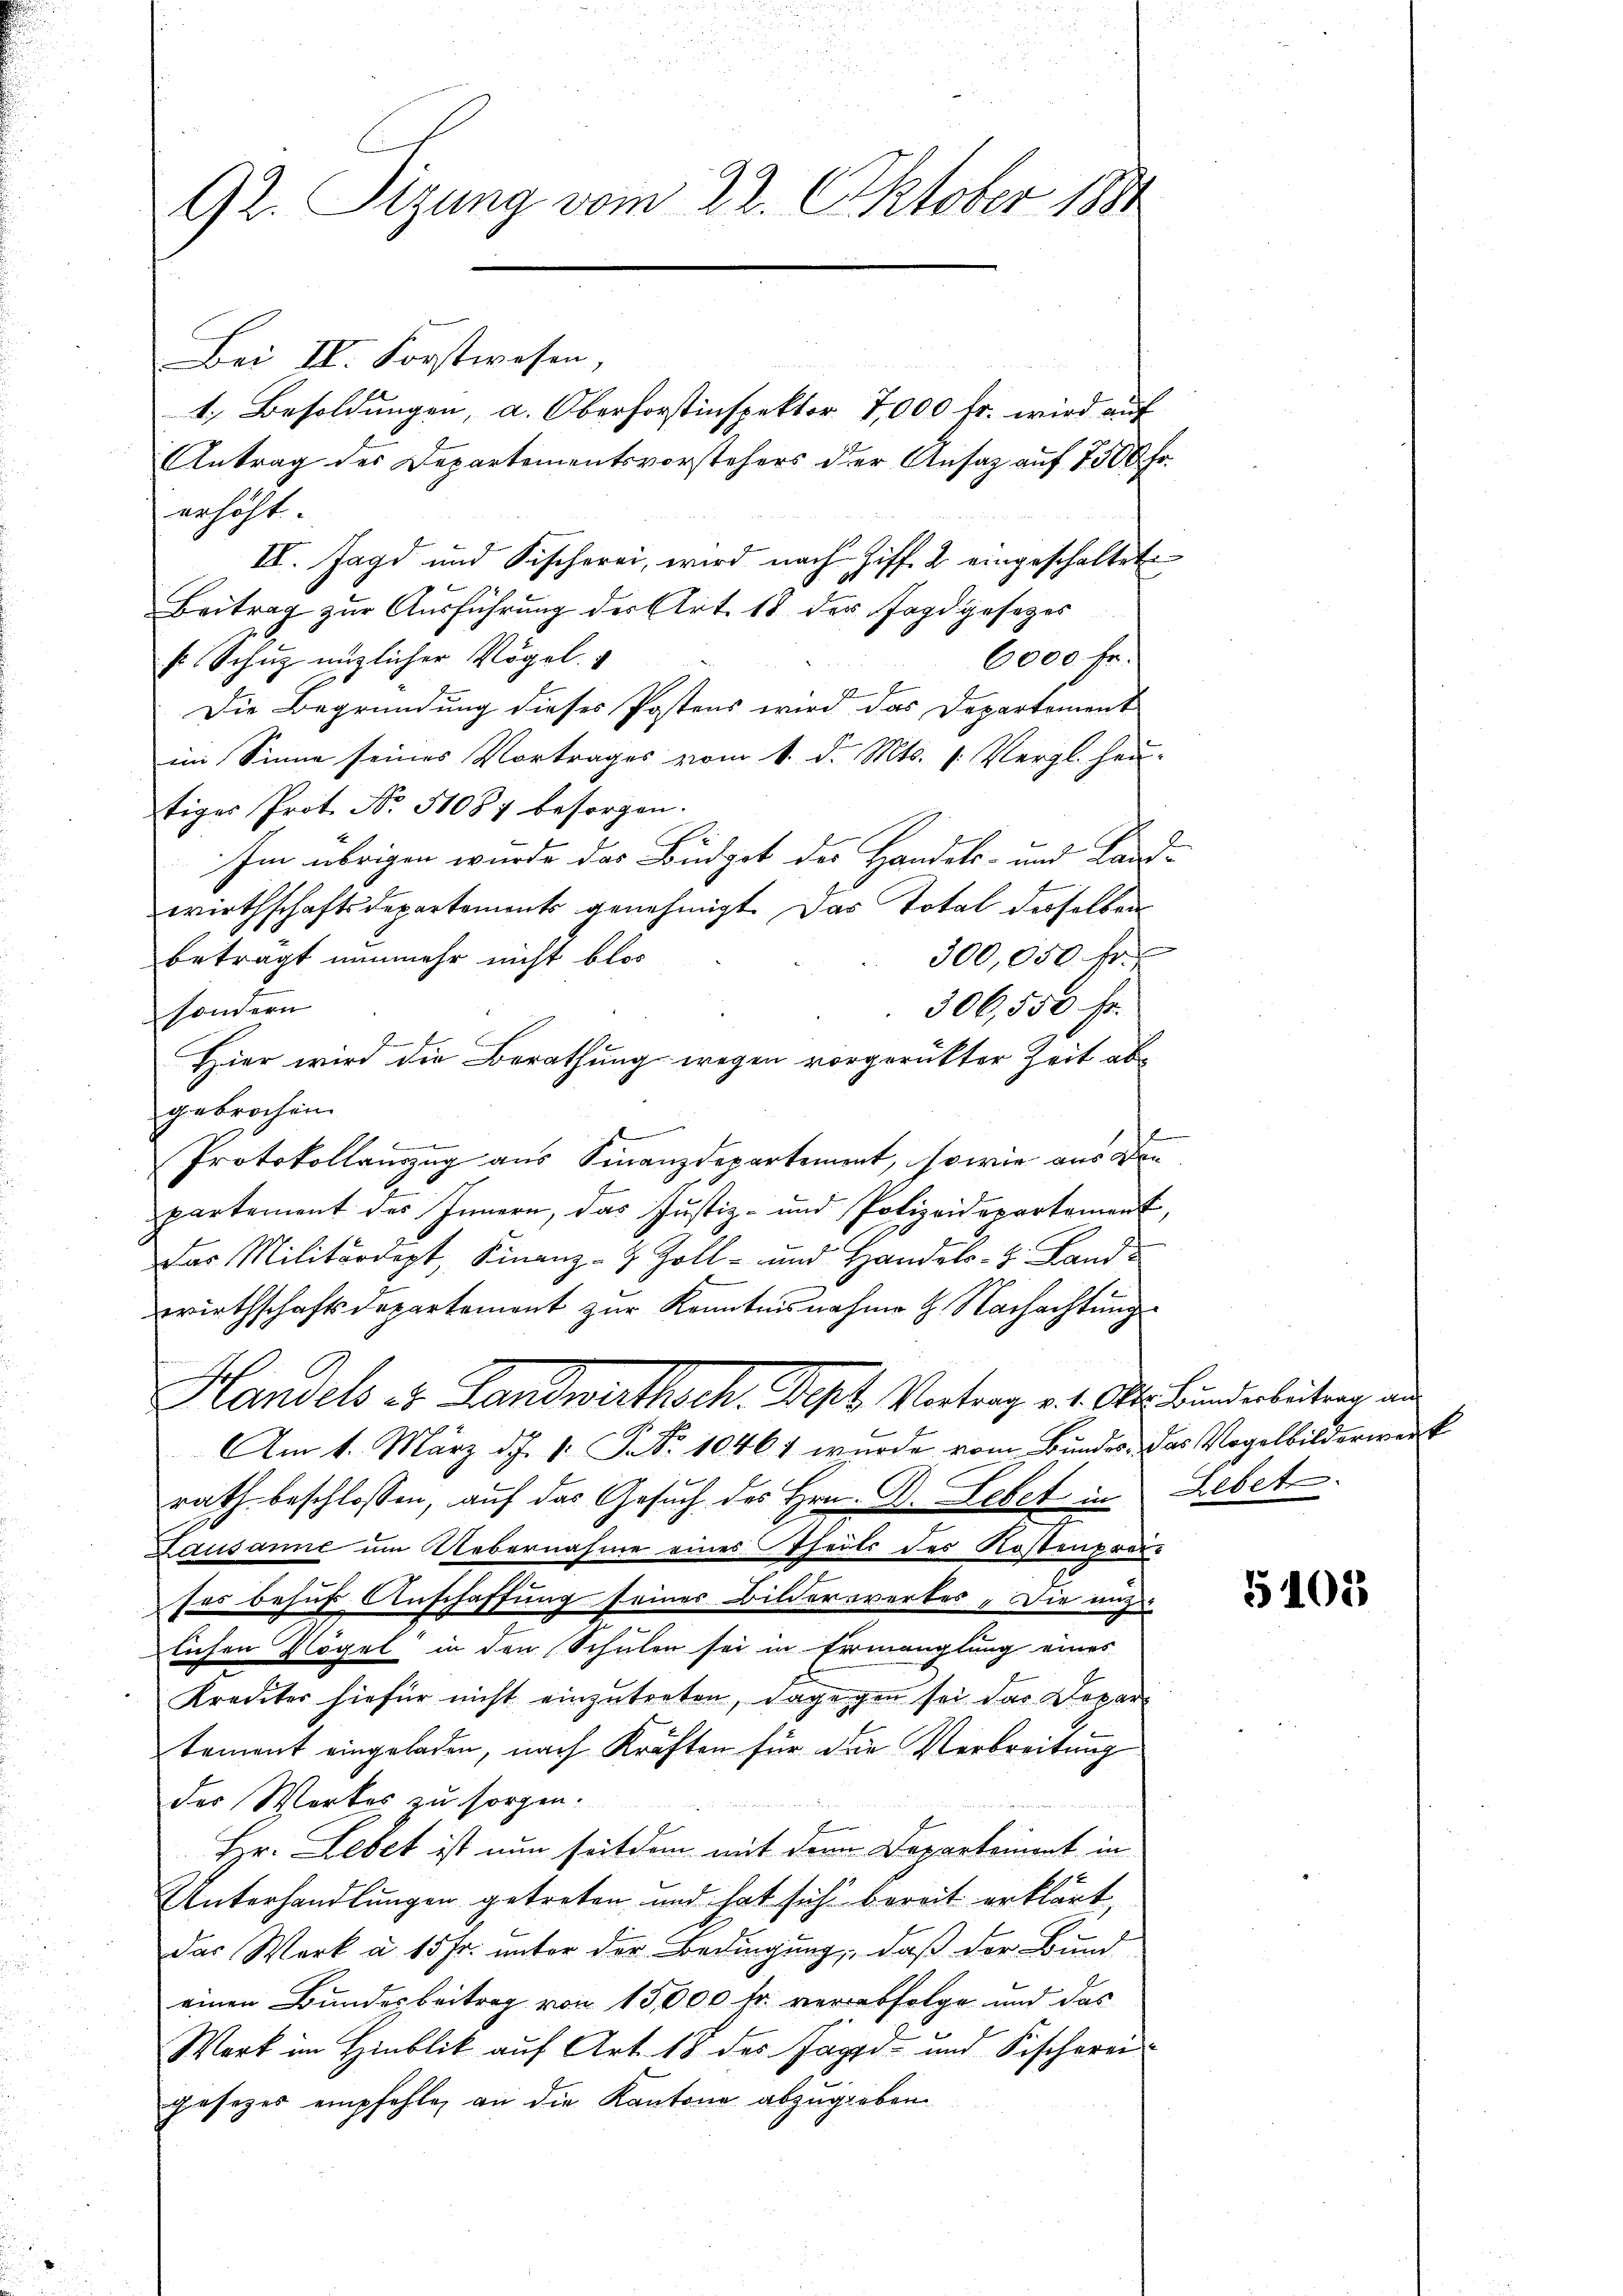
92. Sizung vom 22. Oktober 1891

Bei III. Forstwesen,
1. Besoldungen, a. Oberforstinspektor 7,000 fr. wird auf
Antrag des Departementsvorstehers der Ansaz auf 7500 Fr.
erhöht.
III. Jagd und Fischerei, wird nach Ziff. 2 eingeschaltet
Beitrag zur Ausführung der Art. 18 der Jagdgesezes
f. Schutz möglicher Vögel
6000 fr.
7
Die Begründung dieses Postens wird das Departement
im Sinne seines Vortrages vom 1. d. Mts. v. Vergl. heu-
tiger Prot. No. 51087 besorgen.
Im übrigen wurde das Büdget des Handels- und Land-
wirthschaftsdepartements genehmigt. Das Total derselben
300,000 fr.
beträgt nunmehr nicht blos
306,550 Fr.
sondern
Hier wird die Berathung wegen vorgerückter Zeit abgebrochen
Protokollauszug aus Finanzdepartement, sowie aus den
partement des Innern, das Justiz- und Polizeidepartement,
Das Militärdept, Finanz- & Zoll- und Handels- u. Landwirthschaftsdepartemont zur Kenntnisnahme & Nachachtung
s
Handels et Landwirthsch. Sept. Vortrag v. Mts. Binderbeiten an
Am 1. März d. J. 1. No 10461 wurde vom Bundes, das Vogelbilderwerk
rath beschlossen, auf das Gesuch des Hrn. B. Lebet in Lebet
i
Lausanne um Uebernahme eines Theils des Kostenpreises behuf Anschaffung seiner Bilderwerkes, Die anzu
lichen Plögel in den Schulen sei in Ermanglung eines
Krediter hiefür nicht einzutreten, dagegen sei das Depar
koment eingeladen, nach Kräften für die Verbreitung
der Wortes zu sorgen.
Hr. Lebet ist nun seitdem mit dem Departement in
Unterhandlungen getreten und hat sich bereit erklärt,
das Werk a 15 Fr. unter der Bedingung, daß der Bund
einen Bundesbeitrag von 13,000 Fr. verabfolge und das
Wort im Hinblik auf Art. 18 des Jagd- und Fischerei
gesezes empfehle, an die Kantone abzugeben.

5403